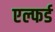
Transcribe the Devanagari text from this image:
एल्फर्ड